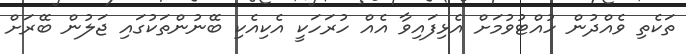
ތަކެތި ވެއްދުން ހުއްޓުވުމަށް އެޅިފައިވާ އެއް ހުރަހަކީ އެކިއެކި ބޭނުންތަކުގައި ޖަލުން ބޭރަށް